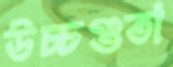
উচ্চণ্ডতা